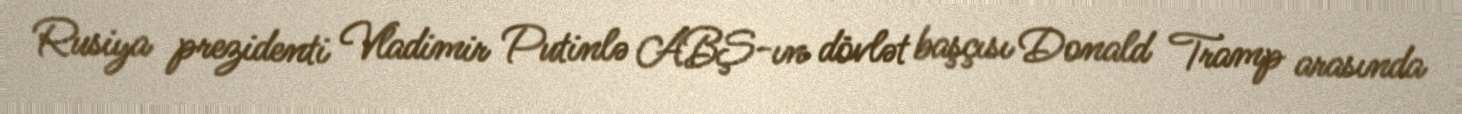
Rusiya prezidenti Vladimir Putinlə ABŞ-ın dövlət başçısı Donald Tramp arasında